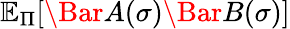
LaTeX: \mathbb{E}_{\Pi}[\Bar{A}(\sigma)\Bar{B}(\sigma)]